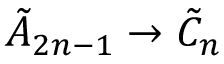
{ \tilde { A } } _ { 2 n - 1 } \to { \tilde { C } } _ { n }